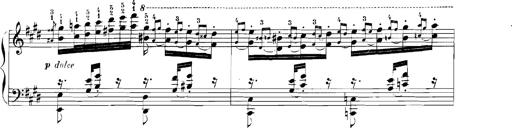
Title: Rhapsodies hongroises
Composer: Franz Liszt